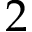
2